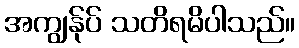
အကျွန်ုပ် သတိရမိပါသည်။